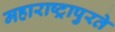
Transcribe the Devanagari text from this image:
महाराष्ट्रापुरते